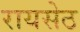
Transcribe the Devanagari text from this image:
रायसेठ